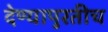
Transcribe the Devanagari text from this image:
देण्यापुरतीच